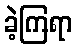
ခဲ့ကြရာ